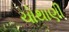
ચોથાણી